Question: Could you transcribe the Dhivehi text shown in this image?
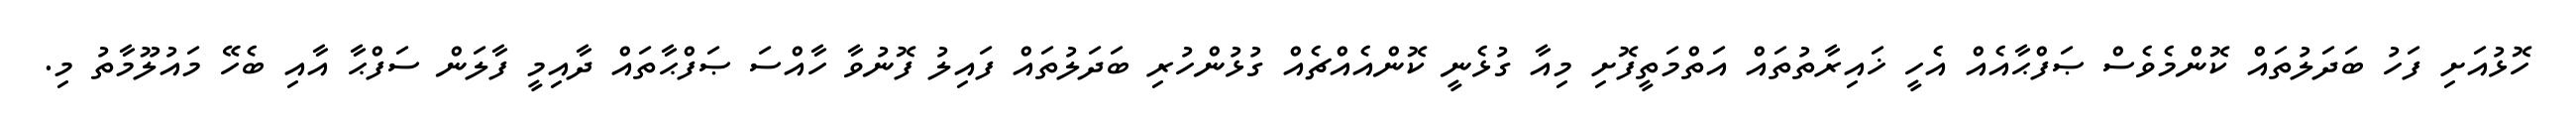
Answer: ހޮޅުއަށި ފަހު ބަދަލުތައް ކޮންމެވެސް ޞަފްޙާއެއް އެހީ ޚައިރާތުތައް އަތްމަތީފޮށި މިއާ ގުޅެނީ ކޮންއެއްޗެއް ގުޅުންހުރި ބަދަލުތައް ފައިލު ފޮނުވާ ހާއްސަ ޞަފްޙާތައް ދާއިމީ ފާލަން ސަފްޙާ އާއި ބެހޭ މައުލޫމާތު މި.